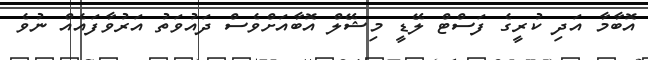
އޮބާމާ އަދި ކުރީގެ ފަސްޓް ލޭޑީ މިޝޭލް އޮބާއަށްވެސް ދައުވަތު އަރުވާފައެއް ނުވެ